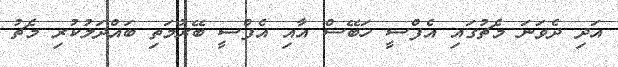
އަދި ދެވަނަ މެޗުގައި އެފްސީ ހަބޭސް އާއި އެފްސީ ބޭރުމަތި ބައްދަލުކުރި މެޗު